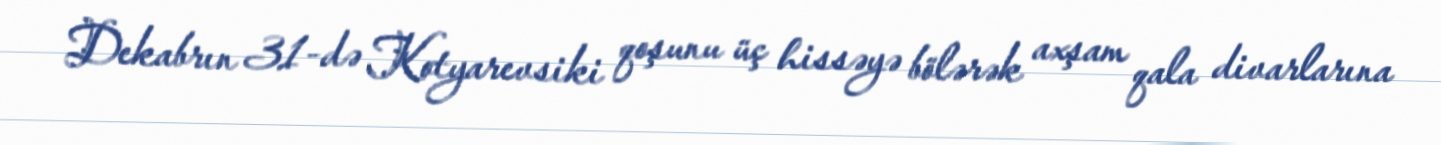
Dekabrın 31-də Kotyarevsiki qoşunu üç hissəyə bölərək axşam qala divarlarına